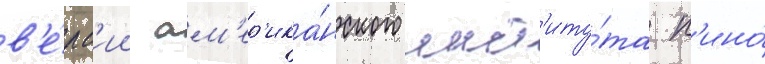
в'е́рс'ии ам'ер'ика́нского инст'иту́та к'ино́